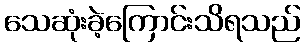
သေဆုံးခဲ့ကြောင်းသိရသည်